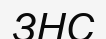
ЗНС